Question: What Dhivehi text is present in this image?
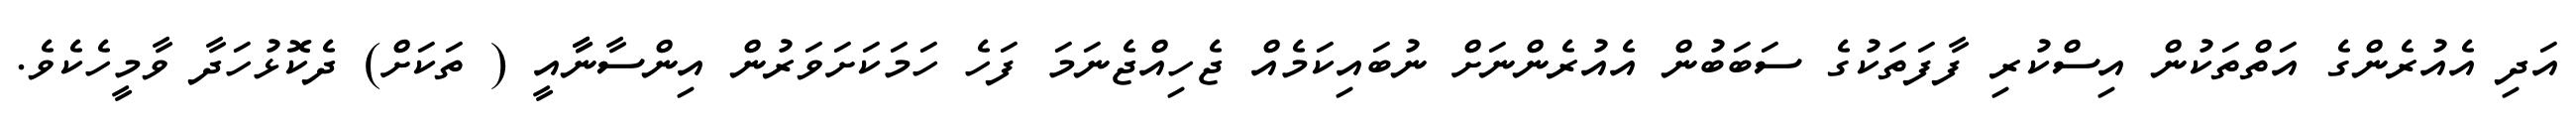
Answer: އަދި އެއުރެންގެ އަތްތަކުން އިސްކުރި ފާފަތަކުގެ ސަބަބުން އެއުރެންނަށް ނުބައިކަމެއް ޖެހިއްޖެނަމަ ފަހެ ހަމަކަށަވަރުން އިންސާނާާއީ ( ތަކަށް) ދެކޮޅުހަދާ ވާމީހެކެވެ.